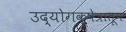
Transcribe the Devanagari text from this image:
उद्योगक्षेत्रातून